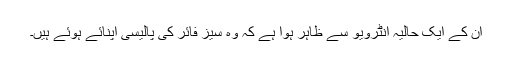
ان کے ایک حالیہ انٹرویو سے ظاہر ہوا ہے کہ وہ سیز فائر کی پالیسی اپنائے ہوئے ہیں۔